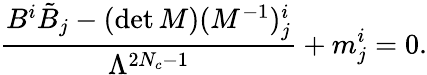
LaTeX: \frac{B^{i}\tilde{B}_{{j}}-(\operatorname*{det}M)(M^{-1})_{{j}}^{i}}{\Lambda^{2N_{c}-1}}+m_{j}^{i}=0.